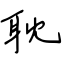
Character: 耽